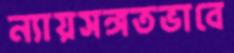
ন্যায়সঙ্গতভাবে